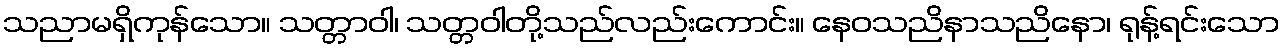
သညာမရှိကုန်သော။ သတ္တာဝါ၊ သတ္တဝါတို့သည်လည်းကောင်း။ နေဝသညိနာသညိနော၊ ရုန့်ရင်းသော